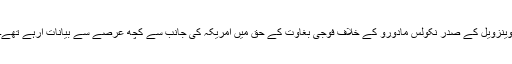
وینزویل کے صدر نکولس مادورو کے خلاف فوجی بغاوت کے حق میں امریکہ کی جانب سے کچھ عرصے سے بیانات آرہے تھے۔